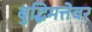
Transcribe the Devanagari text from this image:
बुद्धिमत्तेवर